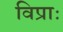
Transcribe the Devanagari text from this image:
विप्राः